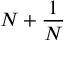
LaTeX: N + { \frac { 1 } { N } }